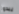
يبدوا